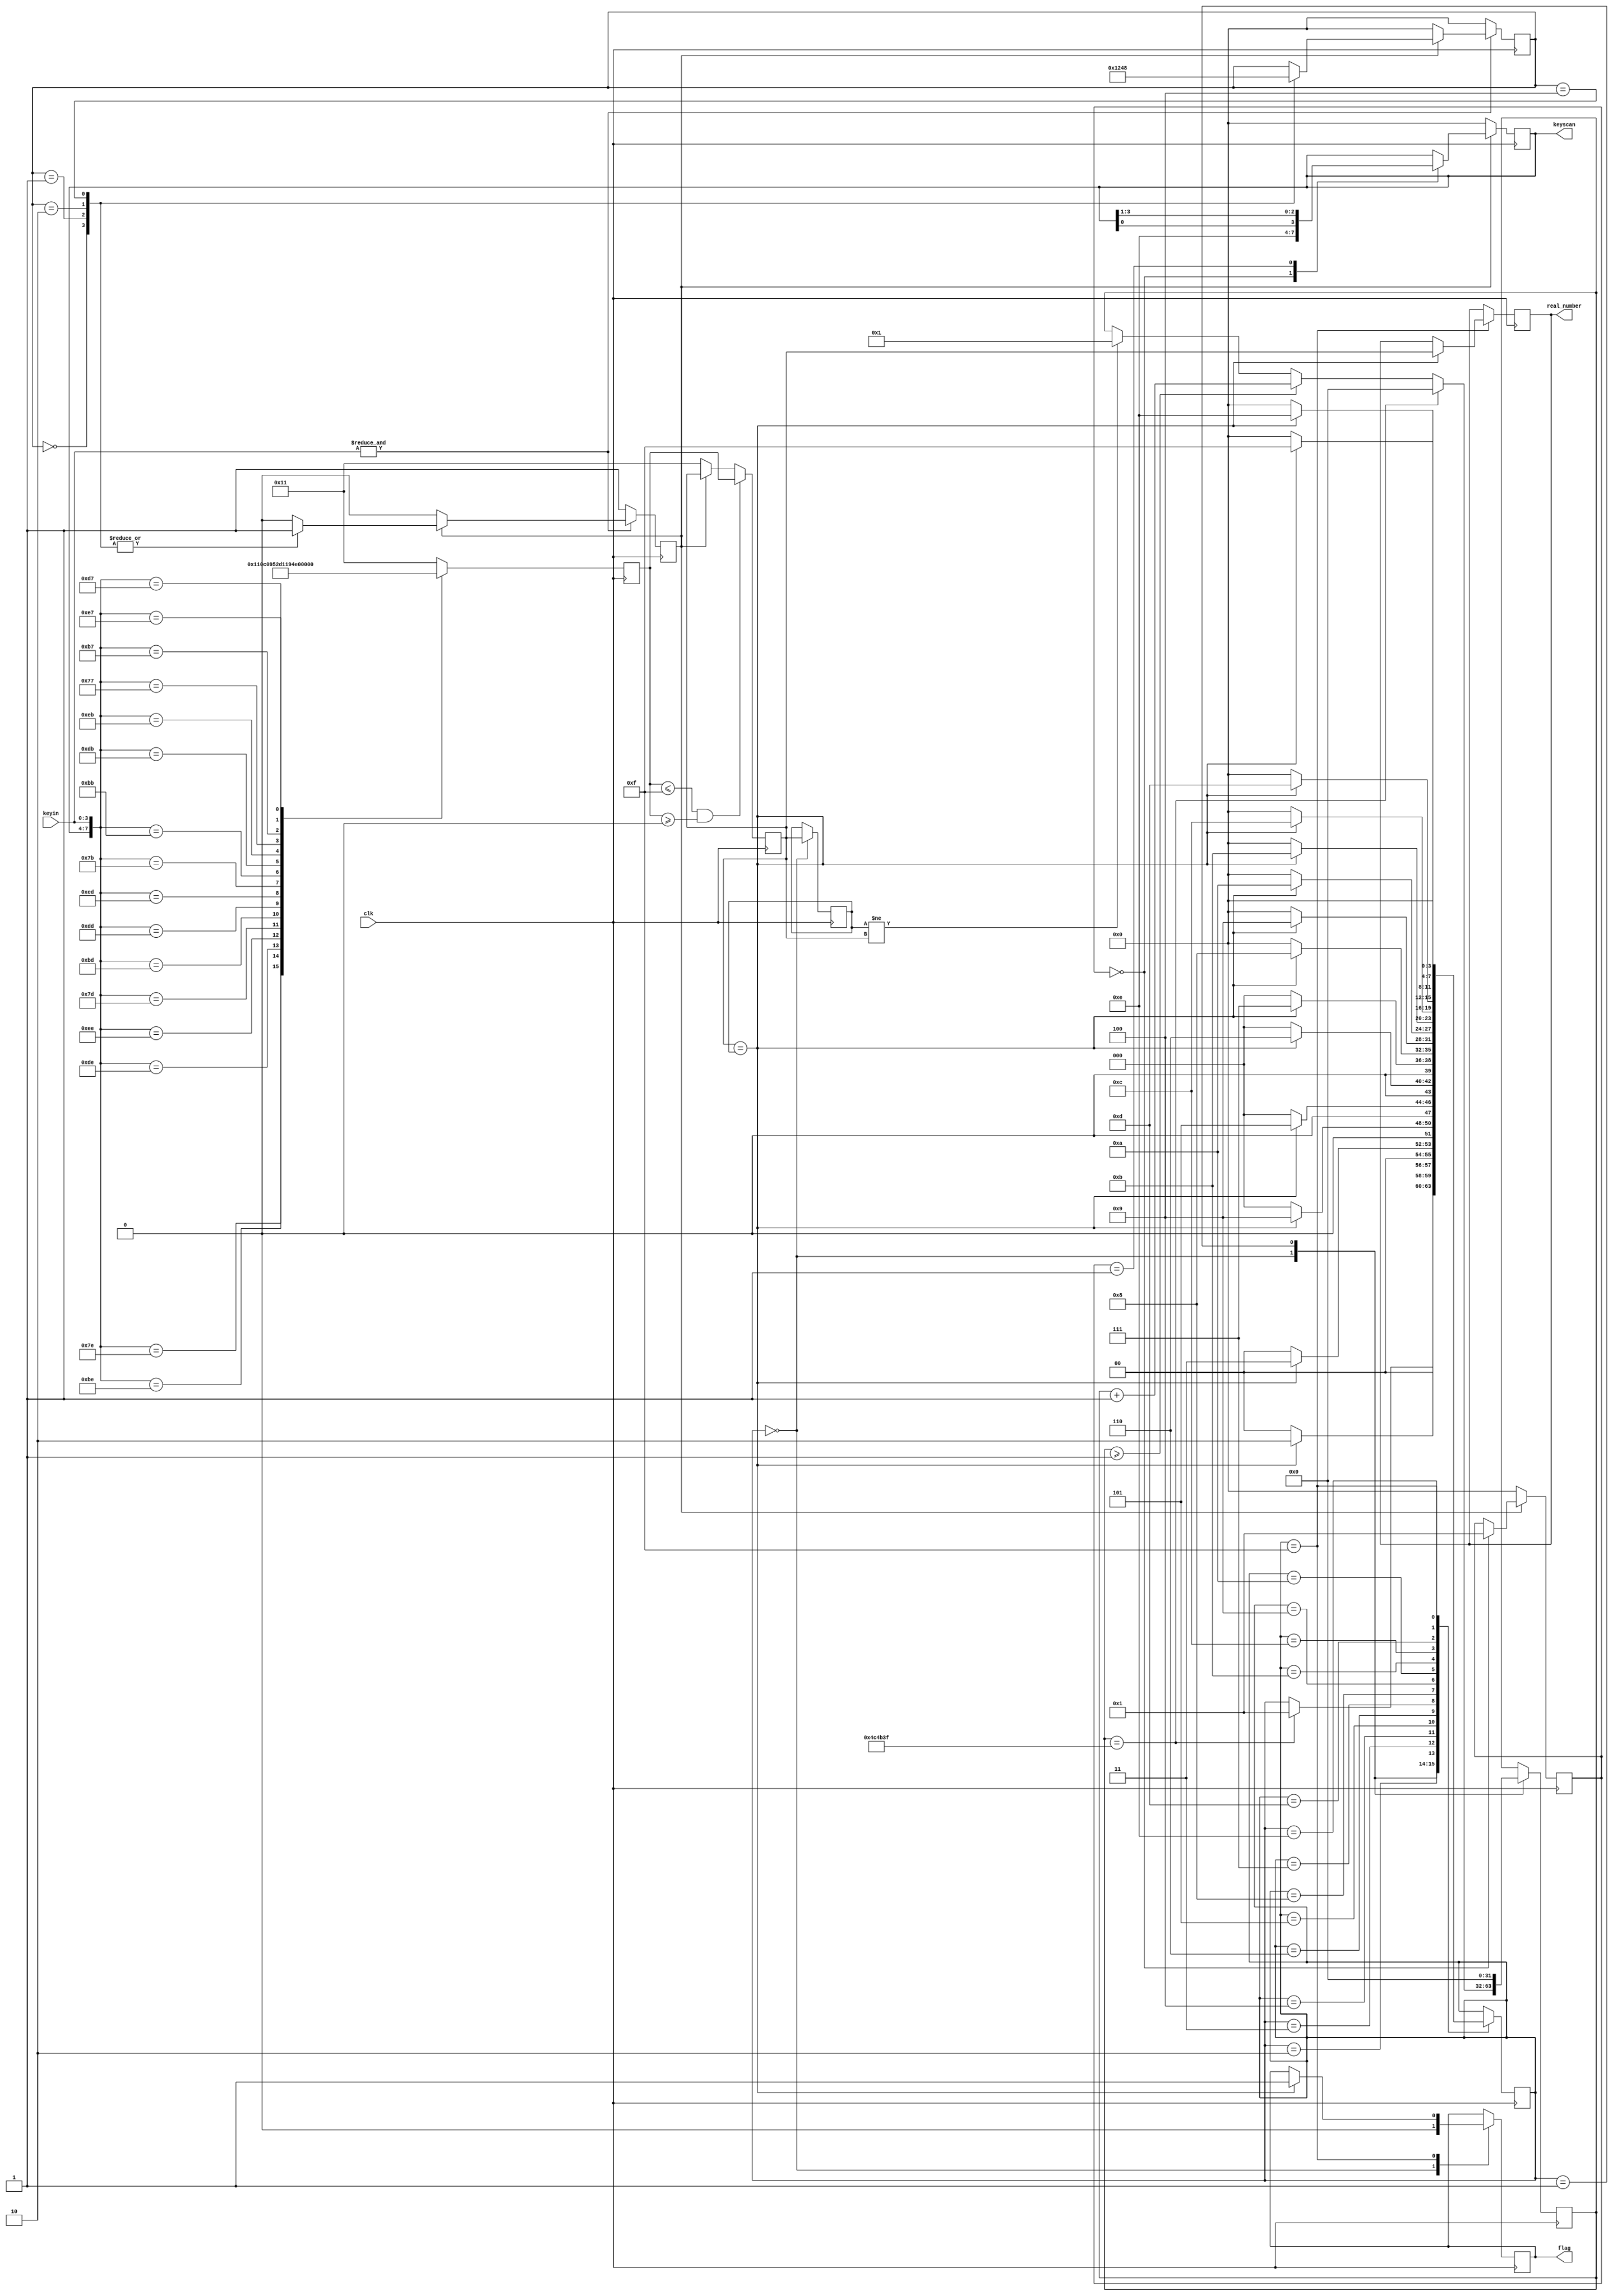
module keyscan(clk,keyscan,flag,keyin,real_number);
 input 	clk;
 input 	[3:0]	keyin;
 output [3:0] 	keyscan;
 output reg     flag   ;
 output [4:0] 	real_number; 
 reg 	[3:0] 	state=4'd0;
 reg 	[3:0] 	four_state= 4'b0000; 
 reg 	[3:0] 	scancode=4'b0000,scan_state=4'b0000;
 reg 	[4:0] 	numberout= NoKeyIsPressed,number_reg= NoKeyIsPressed,number_reg1= NoKeyIsPressed, real_number= NoKeyIsPressed;   
 reg 			AnyKeyPressed=  NO ;
 reg    [31:0]t=32'd0;
 parameter TIMER=32'd5000000;
 parameter OK =1'b1;				//OK1
 parameter NO =1'b0;				//NO0
 parameter NoKeyIsPressed=5'd17;	//NoKeyIsPressed17
 
 
 
assign keyscan = scancode;
 
always @(posedge clk)  				//󰴼ɨ
     if(AnyKeyPressed)
        case (scan_state)
			4'b0000: begin scancode<=4'b1110; scan_state<= 4'b0001; end
			4'b0001: begin scancode <= {scancode[0],scancode[3:1]}; end      
        endcase
     else 
        begin
			scancode <=4'b0000;
			scan_state<= 4'b0000;
        end
///////////////////////////////////////////////////////////////////

 always @(posedge clk)				//󰴼ɨ 
 if( !(&keyin))
	begin
	 AnyKeyPressed <=  OK ;  
	 four_state <= 4'b0000;
	end
 else 
	if(AnyKeyPressed)
	   case(four_state)
		 4'b0000: begin  AnyKeyPressed <=  OK ;  four_state<=4'b0001; end
		 4'b0001: begin  AnyKeyPressed <=  OK ;  four_state<=4'b0010; end
		 4'b0010: begin  AnyKeyPressed <=  OK ;  four_state<=4'b0100; end
		 4'b0100: begin  AnyKeyPressed <=  OK ;  four_state<=4'b1000; end
		 4'b1000: begin  AnyKeyPressed <=  NO ;   end
		 default: AnyKeyPressed <=  NO ;
	   endcase
	else 
		 four_state <= 4'b0000;
////////////////////////////////////////////////////////////////////////
         
always @(posedge clk) 					//󰴼ֵ0~15
  casex({scancode,keyin})
    8'b0111_1110: numberout <= 5'd1-1;
    8'b1011_1110: numberout <= 5'd5-1;  
    8'b1101_1110: numberout <= 5'd9-1;
    8'b1110_1110: numberout <= 5'd13-1; 
    
    8'b0111_1101: numberout <= 5'd2-1;
    8'b1011_1101: numberout <= 5'd6-1;  
    8'b1101_1101: numberout <= 5'd10-1;
    8'b1110_1101: numberout <= 5'd14-1; 
        
    8'b0111_1011: numberout <= 5'd3-1;
    8'b1011_1011: numberout <= 5'd7-1; 
    8'b1101_1011: numberout <= 5'd11-1;
    8'b1110_1011: numberout <= 5'd15-1; 
    
    8'b0111_0111: numberout <= 5'd4-1;
    8'b1011_0111: numberout <= 5'd8-1;  
    8'b1101_0111: numberout <= 5'd12-1;
    8'b1110_0111: numberout <= 5'd16-1;
    default: numberout <= NoKeyIsPressed;
   endcase
////////////////////////////////////////////////////////////////////////
   
always @(posedge clk) 					//жǷа
begin
		if( numberout<=5'd15 && numberout>=5'd0)
			begin
				 number_reg <= numberout;  
			end
		else
			begin
				if(AnyKeyPressed ==  NO)
					number_reg <=  NoKeyIsPressed;  
			end		   
end
/////////////////////////////////////////////////////////////////
         
always @(posedge clk)  					//
	case (state)
4'd0: begin   
			flag  <=1'b0;
			number_reg1 <= number_reg;
			if (number_reg1!=number_reg)
				t<=1;
							
			if (t==TIMER-1'b1)
				begin
				t<=32'd0;
				state <=4'd1;
				end
			else if(t>=1)
				t<=t+1;
		end
4'd1: begin 
			t<=32'd0;
			if(number_reg == number_reg1)
				state <= 4'd2;
			else
				state <= 4'd0;
		end
4'd2: begin
			if (number_reg == number_reg1)                  
				state <= 4'd3;
			else
				state <= 4'd0;
		end                     
4'd3: begin
			if (number_reg == number_reg1)                
				state <= 4'd4;
			else
				state <= 4'd0;   
		end          
4'd4: begin   
			 if(number_reg == number_reg1)
				state <=4'd5;
			 else
				state <= 4'd0; 
		end
4'd5: begin 
			if(number_reg == number_reg1)
				state <= 4'd6;
			else
				state <= 4'd0;
		end
4'd6: begin
			if (number_reg == number_reg1)                  
				state <= 4'd7;
			else
				state <= 4'd0;
		end                     
4'd7: begin
			if (number_reg == number_reg1)                
				  state <= 4'd8;
			else
				  state <= 4'd0;   
		end          
4'd8: begin 
			if (number_reg == number_reg1)    
				  state <=4'd9;
			else
				  state <= 4'd0;  
		end
4'd9: begin 
			if(number_reg == number_reg1)
				  state <= 4'd10;
			else
				  state <= 4'd0;
		end
4'd10: begin
			if (number_reg == number_reg1)                  
				  state <= 4'd11;
			else
				 state <= 4'd0;
		end                     
4'd11: begin
			if (number_reg == number_reg1)                
				 state <= 4'd12;
			else
				 state <= 4'd0;   
		end          
4'd12: begin 
			if(number_reg == number_reg1)
			  state <= 4'd13;
			else
			  state <= 4'd0;
		end
4'd13: begin
			if (number_reg == number_reg1)                  
				  state <= 4'd14;
			else
				 state <= 4'd0;
		end                     
4'd14: begin
			if (number_reg == number_reg1)                
			 state <= 4'd15;
			else
			 state <= 4'd0;   
		end                 
4'd15: begin
			if (number_reg == number_reg1 ) 
				begin  
					flag  <=1'b1;
					state <= 4'd0;
					real_number <= number_reg; 
				end
			else
						 state <= 4'b0000;   
		end                        
  default:   state <= 4'b0000;   
  endcase
/////////////////////////////////////////////////////
   
endmodule